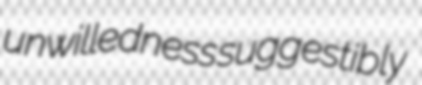
unwilledness suggestibly